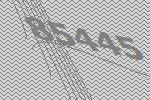
85445